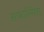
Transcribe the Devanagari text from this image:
सफालिंगा